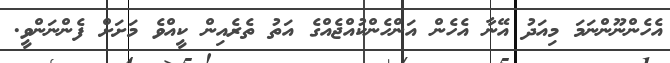
އެހެންނޫންނަމަ މިއަދު އޭނާ އެހެން އަންހެންކުއްޖެއްގެ އަތު ތެރެއިން ކީއްވެ މަށަށް ފެންނަންވީ.